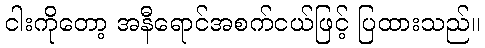
ငါးကိုတော့ အနီရောင်အစက်ငယ်ဖြင့် ပြထားသည်။